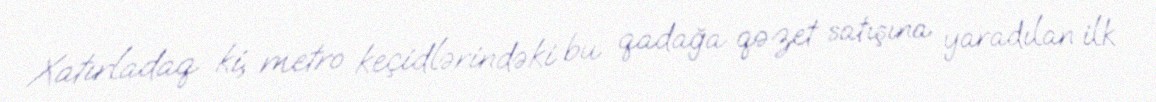
Xatırladaq ki, metro keçidlərindəki bu qadağa qəzet satışına yaradılan ilk